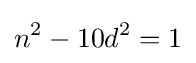
n^{2}-10d^{2}=1